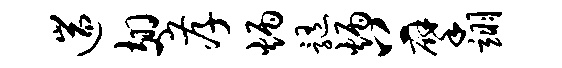
遄翅孝炳髓炳上擘翊